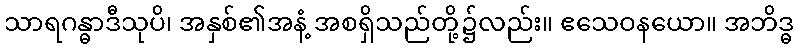
သာရဂန္ဓာဒီသုပိ၊ အနှစ်၏အနံ့ အစရှိသည်တို့၌လည်း။ ဧသေဝနယော။ အဘိဒ္ဓ